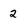
Character: 2